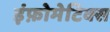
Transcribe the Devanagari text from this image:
इंफ़ोमेटिक्स